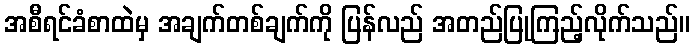
အစီရင်ခံစာထဲမှ အချက်တစ်ချက်ကို ပြန်လည် အတည်ပြုကြည့်လိုက်သည်။